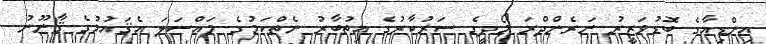
އިންޑިއާގެ ބޮޑުވަޒީރު ނަރެންދްރަ މޯދީގެ ސަރުކާރުގެ އިތުބާރު ނެތްކަމުގެ މައްސަލަ އެޤައުމުގެ ޤާނޫނު